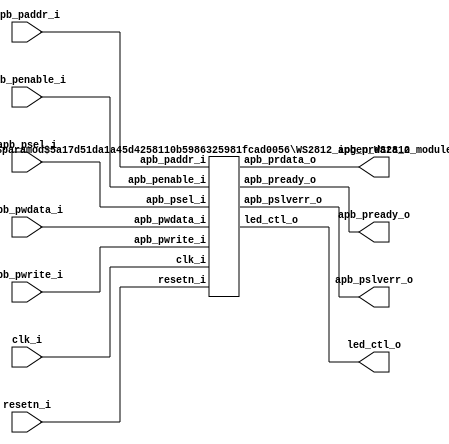

/*******************************************************************************

    Verilog netlist generated by IPGEN Lattice Propel (64-bit)

    2.0.2104292220

    Soft IP Version: 1.5

    2021 06 11 14:17:23

*******************************************************************************/
/*******************************************************************************

    Wrapper Module generated per user settings.

*******************************************************************************/
module WS2812 (clk_i, 
        resetn_i, 
        led_ctl_o, 
        apb_penable_i, 
        apb_psel_i, 
        apb_pwrite_i, 
        apb_paddr_i, 
        apb_pwdata_i, 
        apb_prdata_o, 
        apb_pslverr_o, 
        apb_pready_o) ;
    input clk_i ; 
    input resetn_i ; 
    output led_ctl_o ; 
    input apb_penable_i ; 
    input apb_psel_i ; 
    input apb_pwrite_i ; 
    input [5:0] apb_paddr_i ; 
    input [31:0] apb_pwdata_i ; 
    output [31:0] apb_prdata_o ; 
    output apb_pslverr_o ; 
    output apb_pready_o ; 
    WS2812_ipgen_WS2812_module #(.FAMILY("MachXO3LF"),
            .IF_USER_INTF("APB")) WS2812_module_inst (.clk_i(clk_i), 
                .resetn_i(resetn_i), 
                .led_ctl_o(led_ctl_o), 
                .apb_penable_i(apb_penable_i), 
                .apb_psel_i(apb_psel_i), 
                .apb_pwrite_i(apb_pwrite_i), 
                .apb_paddr_i(apb_paddr_i[5:0]), 
                .apb_pwdata_i(apb_pwdata_i[31:0]), 
                .apb_prdata_o(apb_prdata_o[31:0]), 
                .apb_pslverr_o(apb_pslverr_o), 
                .apb_pready_o(apb_pready_o)) ; 
endmodule



module WS2812_ipgen_WS2812_module #(parameter FAMILY = "LIFCL", 
        parameter IF_USER_INTF = "APB") (
    // Interface type "LMMI" "AHBL" or "APB"

    input wire clk_i, 
    input wire resetn_i, 
    output wire led_ctl_o, 
    input wire apb_penable_i,  // apb Enable

    input wire apb_psel_i,  // apb Slave select

    input wire apb_pwrite_i,  // apb write 1, read 0

    input wire [5:0] apb_paddr_i, 
    input wire [31:0] apb_pwdata_i, 
    output reg [31:0] apb_prdata_o, 
    output reg apb_pslverr_o,  // apb slave error

    output reg apb_pready_o) ;
    reg [5:0] apb_paddr_r ; 
    reg [31:0] apb_pwdata_r ; 
    // State machine to control APB bus

    reg [2:0] SM_APB ; 
    localparam sm_idle = 3'b000 ; 
    localparam sm_access = 3'b001 ; 
    localparam sm_ready = 3'b010 ; 
    always
        @(posedge clk_i or 
            negedge resetn_i)
        begin
            if ((~resetn_i)) 
                begin
                    SM_APB <=  sm_idle ;
                    apb_prdata_o <=  32'b0 ;
                    apb_pready_o <=  1'b0 ;
                    apb_pslverr_o <=  1'b0 ;
                end
            else
                begin
                    case (SM_APB)
                    sm_idle : 
                        if (apb_psel_i) 
                            begin
                                SM_APB <=  sm_access ;
                                apb_pready_o <=  1'b1 ;
                            end
                    sm_access : 
                        begin
                            apb_pready_o <=  1'b0 ;
                            SM_APB <=  sm_idle ;
                            if (apb_penable_i) 
                                begin
                                    if (apb_pwrite_i) 
                                        begin
                                            apb_paddr_r <=  apb_paddr_i ;
                                            apb_pwdata_r <=  apb_pwdata_i ;
                                        end
                                    else
                                        begin
                                            // address 0 return write address, address 4 return write data

                                            if ((apb_paddr_i == 6'h0)) 
                                                apb_prdata_o <=  32'hADD00000 ;
                                            else
                                                apb_prdata_o <=  32'hADD00004 ;
                                        end
                                end
                        end
                    sm_ready : 
                        begin
                            SM_APB <=  sm_idle ;
                            apb_pready_o <=  1'b0 ;
                        end
                    endcase 
                end
        end
    assign led_ctl_o = apb_psel_i ; 
endmodule